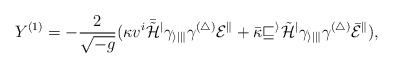
\begin{align*}Y^{(1)} = - \frac{2}{\sqrt{-g}}(\kappa v^{i} \bar{\tilde{\cal H}}^{j} \gamma_{i j k} \gamma^{(4)} E^{k} + \bar{\kappa} v^{i} \tilde{\cal H}^{j} \gamma_{i j k} \gamma^{(4)} \bar{E}^{k} ) ,\end{align*}